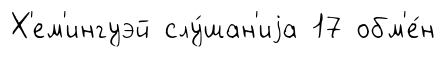
Х'ем'ингуэй слу́шан'иjа 17 обм'е́н